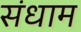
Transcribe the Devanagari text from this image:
संधाम